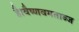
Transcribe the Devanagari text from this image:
है।वैष्णवमताब्ज